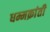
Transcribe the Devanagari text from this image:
धम्मक्रांती